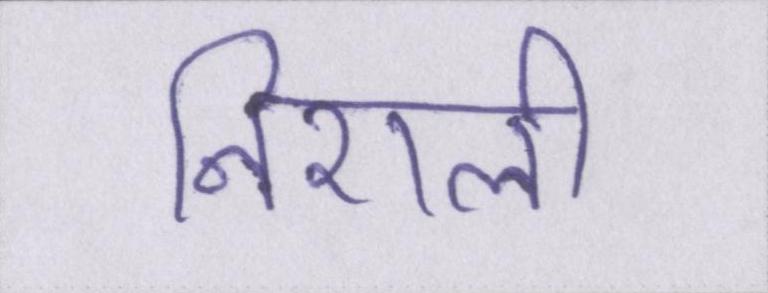
निराली